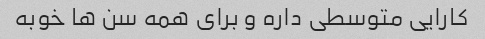
کارایی متوسطی داره و برای همه سن ها خوبه